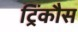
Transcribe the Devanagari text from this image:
ट्रिंकौस